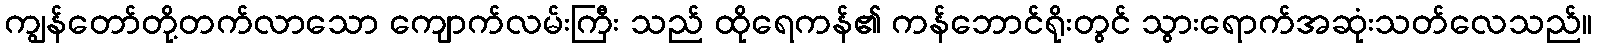
ကျွန်တော်တို့တက်လာသော ကျောက်လမ်းကြီး သည် ထိုရေကန်၏ ကန်ဘောင်ရိုးတွင် သွားရောက်အဆုံးသတ်လေသည်။